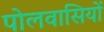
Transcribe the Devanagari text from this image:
पोलवासियों